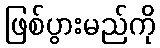
ဖြစ်ပွားမည်ကို